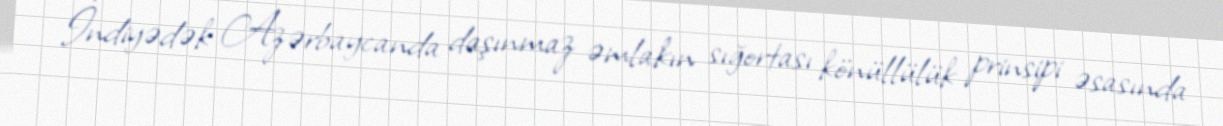
İndiyədək Azərbaycanda daşınmaz əmlakın sığortası könüllülük prinsipi əsasında